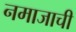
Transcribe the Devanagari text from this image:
नमाजाची